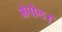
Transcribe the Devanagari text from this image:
मेपोल।